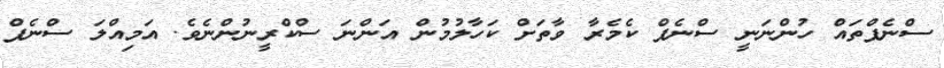
ސްނެޕްތައް ހުންނަނީ ސްނެޕް ކެމެރާ ވާތަށް ކަހާލުމުން އަންނަ ސްކްރީނުންނެވެ. އަމިއްލަ ސްނެޕް